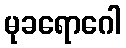
မုခရောဂေါ